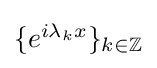
{\textstyle \{e^{i\lambda _{k}x}\}_{k\in \mathbb {Z} }}